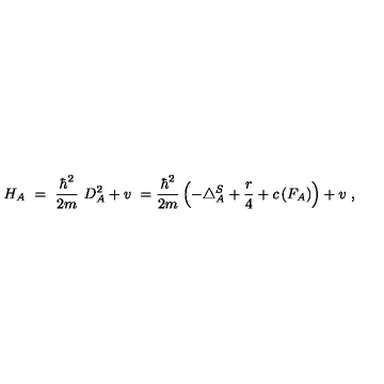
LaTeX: H _ { A } \ = \ \frac { \hbar ^ { 2 } } { 2 m } \ D _ { A } ^ { 2 } + v \ = \frac { \hbar ^ { 2 } } { 2 m } \left( - \triangle _ { A } ^ { S } + \frac r 4 + c \left( F _ { A } \right) \right) + v \ ,